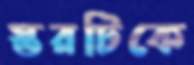
স্তরটিকে